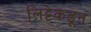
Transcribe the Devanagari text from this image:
लिट्टेकडून